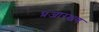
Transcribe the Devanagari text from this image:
प्रजारक्षण